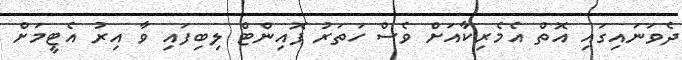
ދެވަނައިގައި އޮތް އެމެރިކާއަށް ވެސް ހަތަރު ޕޮއިންޓް ލިބިފައި ވާ އިރު އެޓީމަށް